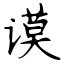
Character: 谟